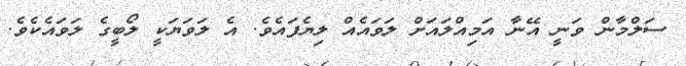
ސަލްމާން ވަނީ އޭނާ އަމިއްލައަށް ލަވައެއް ލިޔެފައެވެ. އެ ލަވަޔަކީ ލޯބީގެ ލަވައެކެވެ.